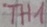
Text: TH1